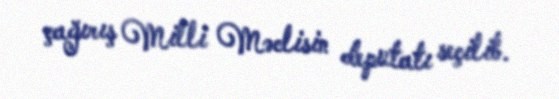
çağırış Milli Məclisin deputatı seçilib.